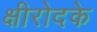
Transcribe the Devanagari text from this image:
क्षीरोदके